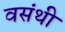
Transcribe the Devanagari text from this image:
वसंथी